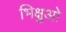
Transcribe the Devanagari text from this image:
भिक्षुओ